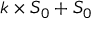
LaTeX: k \times S _ { 0 } + S _ { 0 }